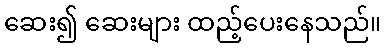
ဆေး၍ ဆေးများ ထည့်ပေးနေသည်။